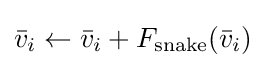
{\bar {v}}_{i}\leftarrow {\bar {v}}_{i}+F_{\text{snake}}({\bar {v}}_{i})